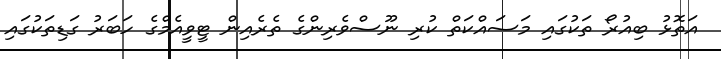
އަތޮޅު ބިއުރޯ ތަކުގައި މަސައްކަތް ކުރި ނޫސްވެރިންގެ ތެރެއިން ޓީވީއެމްގެ ހަބަރު ގަޑިތަކުގައި